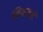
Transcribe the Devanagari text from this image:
निकाल्ने